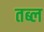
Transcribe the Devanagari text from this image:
तब्ल